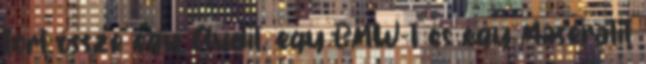
tört össze egy Audit, egy BMW-t és egy Maseratit